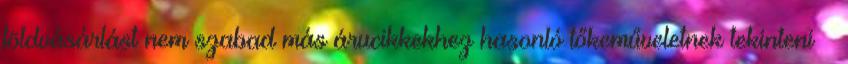
földvásárlást nem szabad más árucikkekhez hasonló tőkeműveletnek tekinteni –